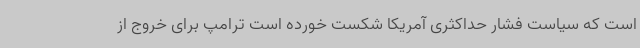
است که سیاست فشار حداکثری آمریکا شکست خورده است ترامپ برای خروج از